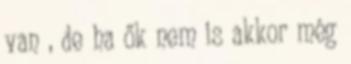
van , de ha ők nem is akkor még